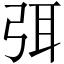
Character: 弭